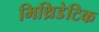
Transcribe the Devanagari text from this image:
मिथ्रिडेटिक